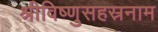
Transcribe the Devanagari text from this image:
श्रीविष्णुसहस्रनाम